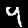
Label: 9